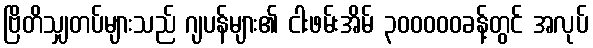
ဗြိတိသျှတပ်များသည် ဂျပန်များ၏ ငါးဖမ်းအိမ် ၃၀၀၀၀၀ခန့်တွင် အလုပ်